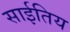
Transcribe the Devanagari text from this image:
साईतिय